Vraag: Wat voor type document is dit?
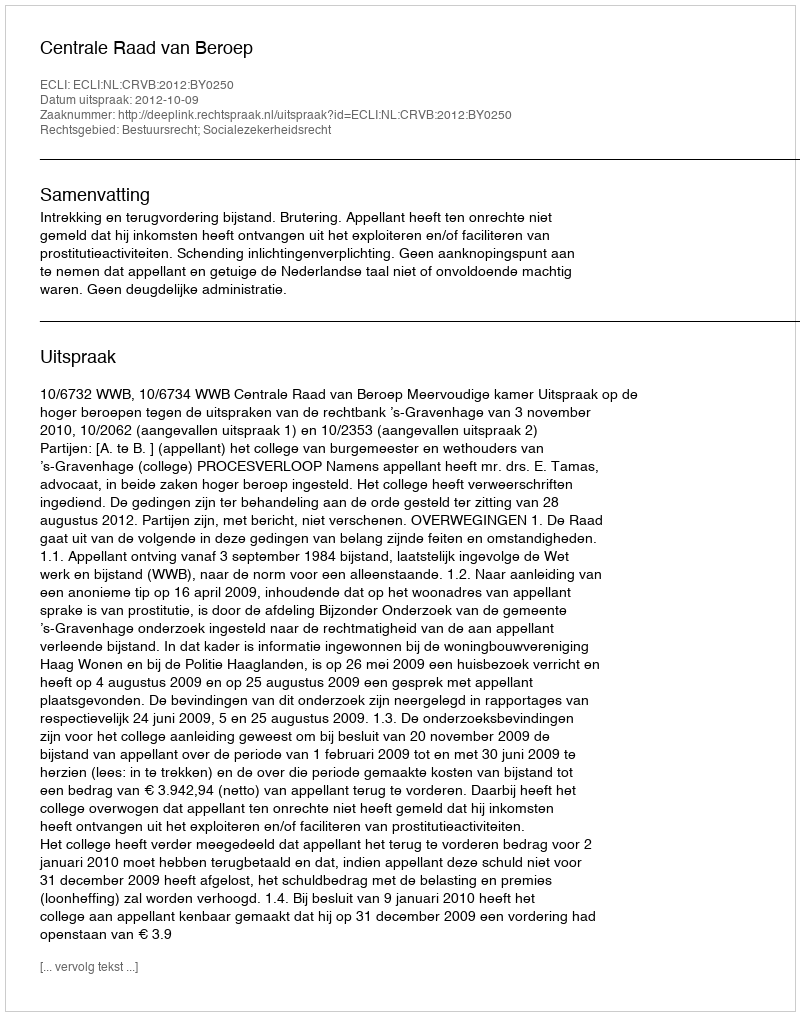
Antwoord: Uitspraak